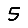
Digit: 5